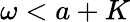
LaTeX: \omega<a+K